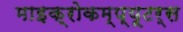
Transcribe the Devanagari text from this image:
माइक्रोकम्प्यूटर्स